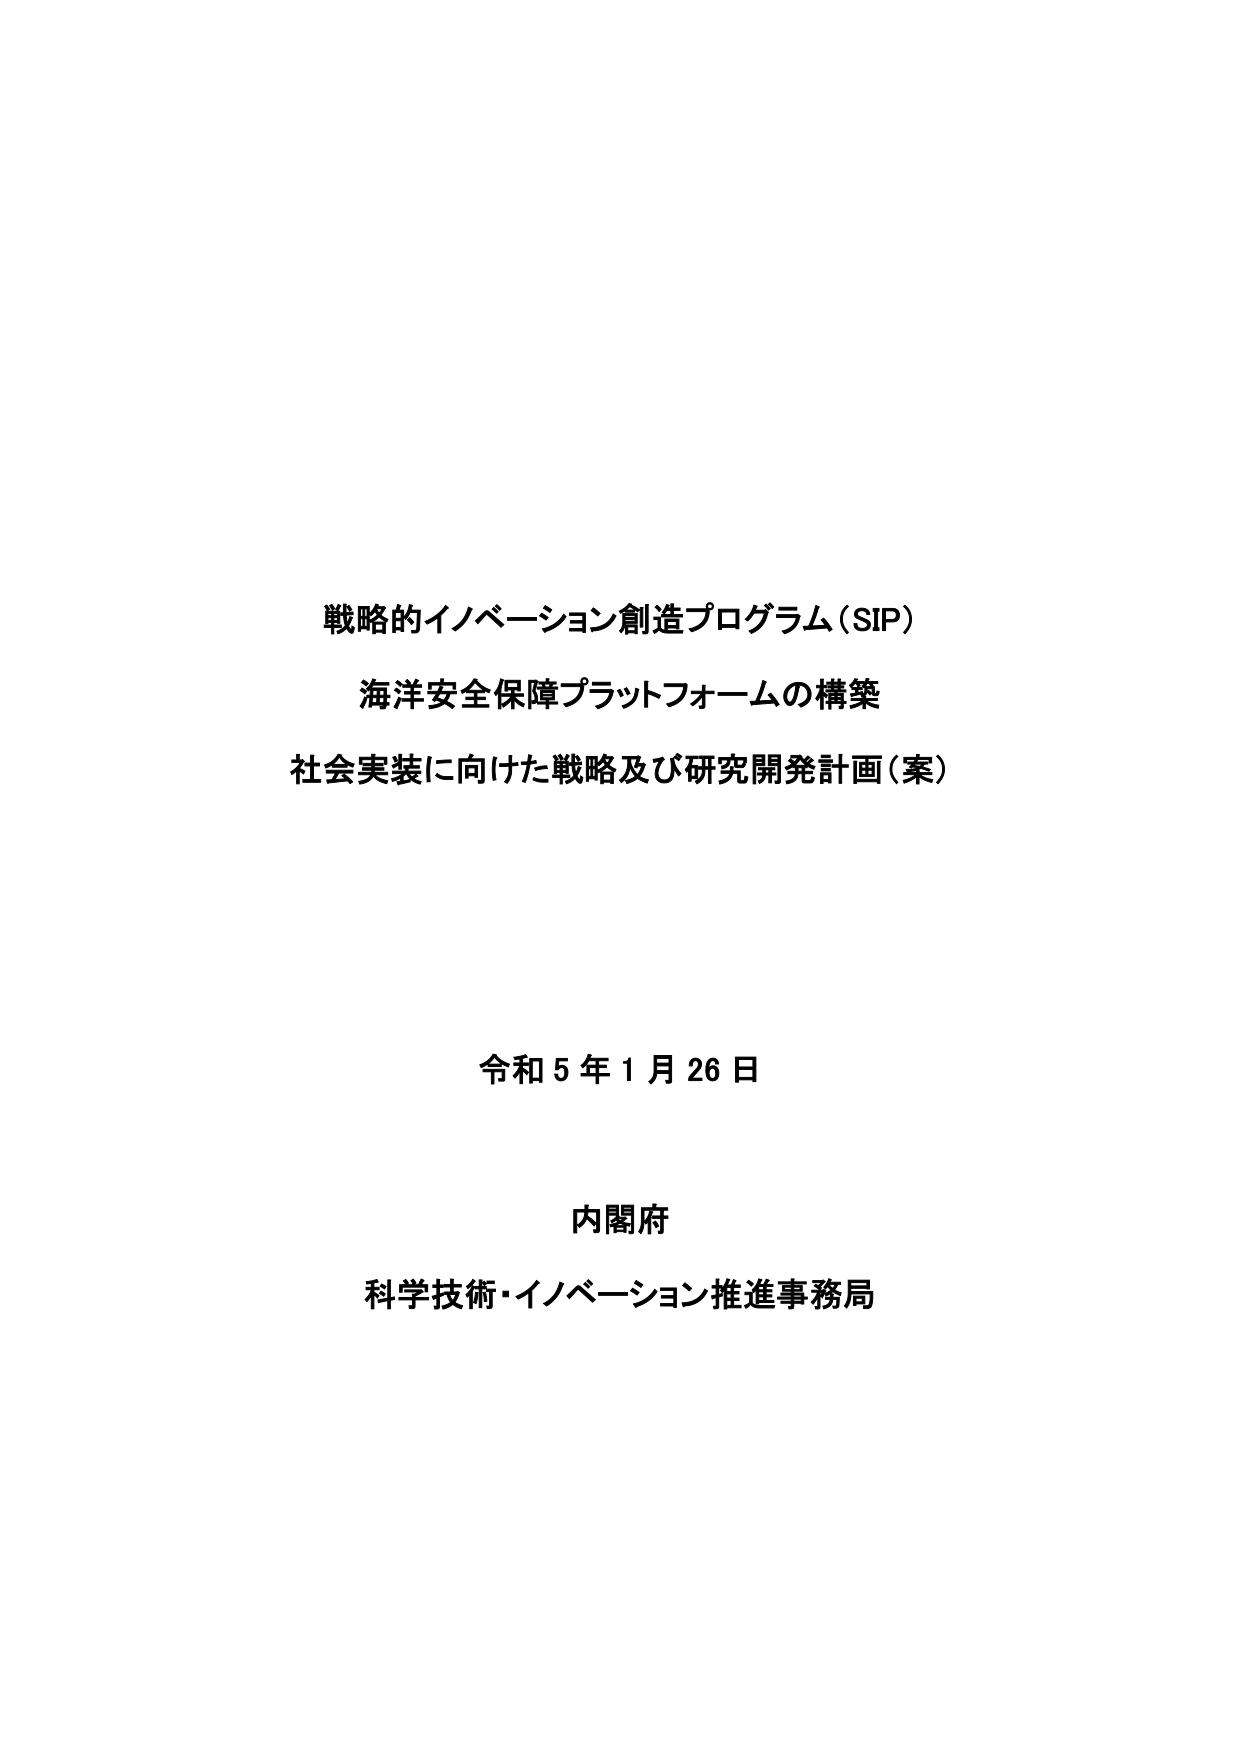
戦略的イノベーション創造プログラム（SIP）
海洋安全保障プラットフォームの構築
社会実装に向けた戦略及び研究開発計画（案）

令和５年１月26日

内閣府
科学技術・イノベーション推進事務局